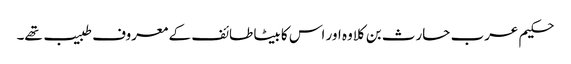
حکیم عرب حارث بن کلاوہ اور اس کا بیٹا طائف کے معروف طبیب تھے۔